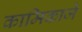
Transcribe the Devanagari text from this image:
कामिकाजे